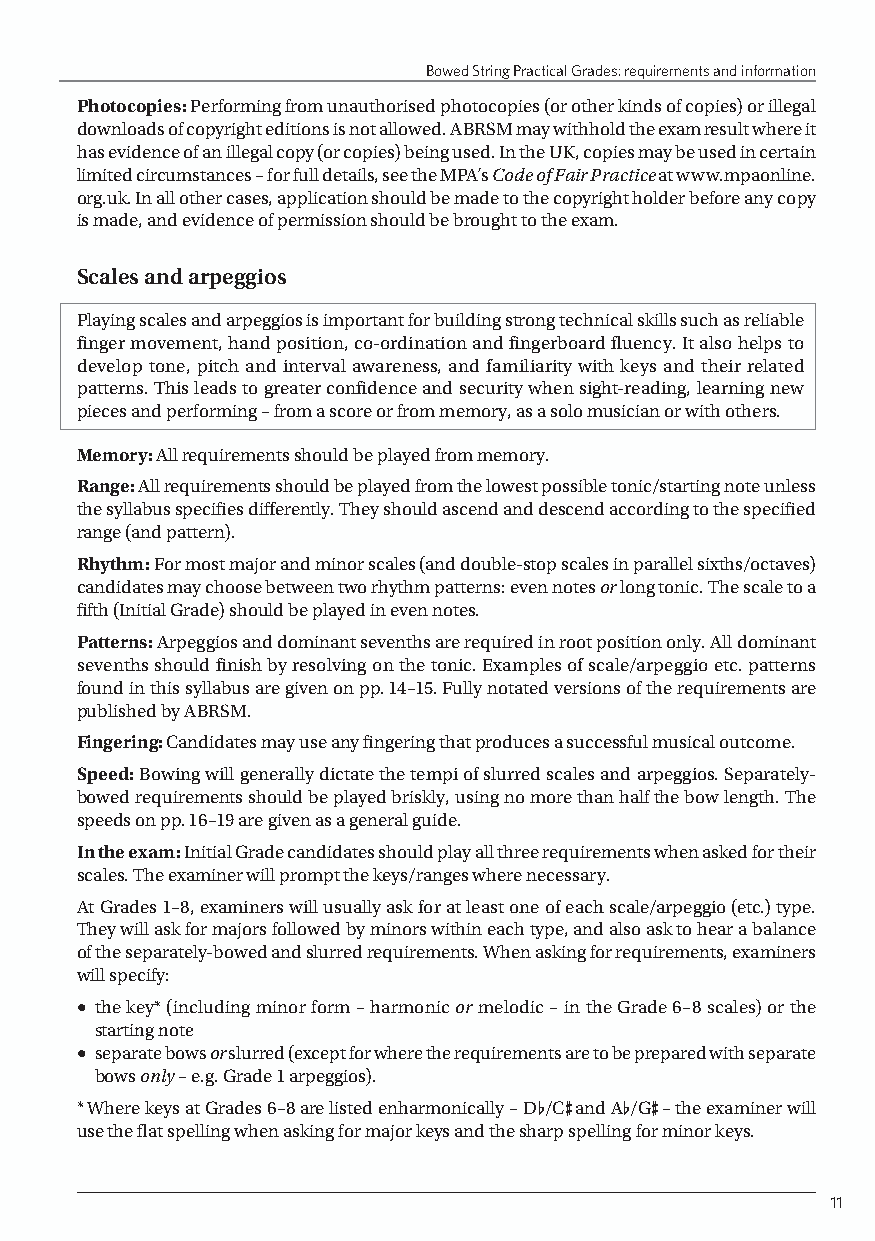
Bowed String Practical Grades: requirements and information
 Photocopies: Performing from unauthorised photocopies (or other kinds of copies) or illegal
 downloads of copyright editions is not allowed. ABRSM may withhold the exam result where it
 has evidence of an illegal copy (or copies) being used. In the UK, copies may be used in certain
 limited circumstances – for full details, see the MPA’s Code of Fair Practice at www.mpaonline.
 org.uk. In all other cases, application should be made to the copyright holder before any copy
 is made, and evidence of permission should be brought to the exam.
 Scales and arpeggios
 Playing scales and arpeggios is important for building strong technical skills such as reliable
 finger movement, hand position, co-ordination and fingerboard fluency. It also helps to
 develop tone, pitch and interval awareness, and familiarity with keys and their related
 patterns. This leads to greater confidence and security when sight-reading, learning new
 pieces and performing – from a score or from memory, as a solo musician or with others.
 Memory: All requirements should be played from memory.
 Range: All requirements should be played from the lowest possible tonic/starting note unless
 the syllabus specifies differently. They should ascend and descend according to the specified
 range (and pattern).
 Rhythm: For most major and minor scales (and double-stop scales in parallel sixths/octaves)
 candidates may choose between two rhythm patterns: even notes or long tonic. The scale to a
 fifth (Initial Grade) should be played in even notes.
 Patterns: Arpeggios and dominant sevenths are required in root position only. All dominant
 sevenths should finish by resolving on the tonic. Examples of scale/arpeggio etc. patterns
 found in this syllabus are given on pp. 14–15. Fully notated versions of the requirements are
 published by ABRSM.
 Fingering: Candidates may use any fingering that produces a successful musical outcome.
 Speed: Bowing will generally dictate the tempi of slurred scales and arpeggios. Separately-
 bowed requirements should be played briskly, using no more than half the bow length. The
 speeds on pp. 16–19 are given as a general guide.
 In the exam: Initial Grade candidates should play all three requirements when asked for their
 scales. The examiner will prompt the keys/ranges where necessary.
 At Grades 1–8, examiners will usually ask for at least one of each scale/arpeggio (etc.) type.
 They will ask for majors followed by minors within each type, and also ask to hear a balance
 of the separately-bowed and slurred requirements. When asking for requirements, examiners
 will specify:
 • the key* (including minor form – harmonic or melodic – in the Grade 6–8 scales) or the
 starting note
 • separate bows or slurred (except for where the requirements are to be prepared with separate
 bows only – e.g. Grade 1 arpeggios).
 * Where keys at Grades 6–8 are listed enharmonically – D-/C+ and A-/G+ – the examiner will
 use the flat spelling when asking for major keys and the sharp spelling for minor keys.
 11